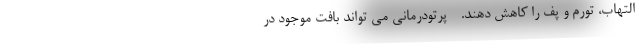
التهاب، تورم و پف را کاهش دهند. - پرتودرمانی می تواند بافت موجود در